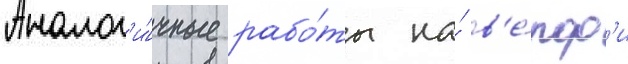
Аналог'и́чные рабо́ты на́ в'е́рф'и